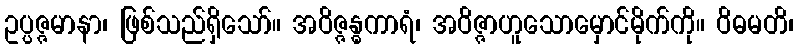
ဥပ္ပဇ္ဇမာနာ၊ ဖြစ်သည်ရှိသော်။ အဝိဇ္ဇန္ဓကာရံ၊ အဝိဇ္ဇာဟူသောမှောင်မိုက်ကို။ ဝိဓမတိ၊